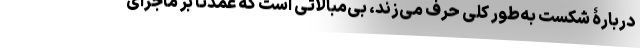
دربارۀ شکست به‌طور کلی حرف می‌زند، بی‌مبالاتی است که عمدتاً بر ماجرای